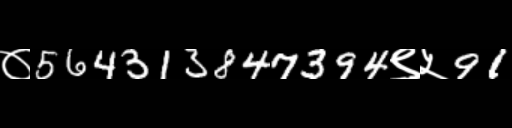
Text: ०564313847394९५91